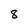
Character: 8